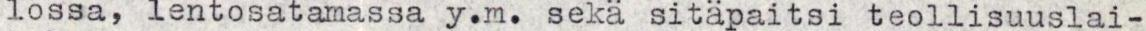
lossa, lentosatamassa y.m. sekä sitäpaitsi teollisuuslai-